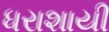
ધરાશાયી